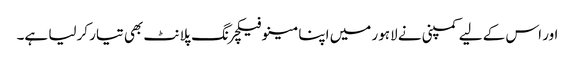
اور اس کے لیے کمپنی نے لاہور میں اپنا مینوفیکچرنگ پلانٹ بھی تیار کرلیا ہے۔